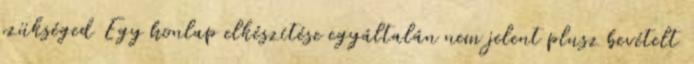
szükséged Egy honlap elkészítése egyáltalán nem jelent plusz bevételt